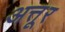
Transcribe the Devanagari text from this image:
अत्तूर